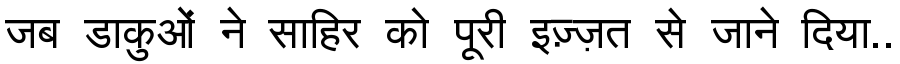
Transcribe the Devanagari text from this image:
जब डाकुओं ने साहिर को पूरी इज़्ज़त से जाने दिया..